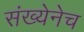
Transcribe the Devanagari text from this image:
संख्येनेच